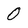
Character: 0